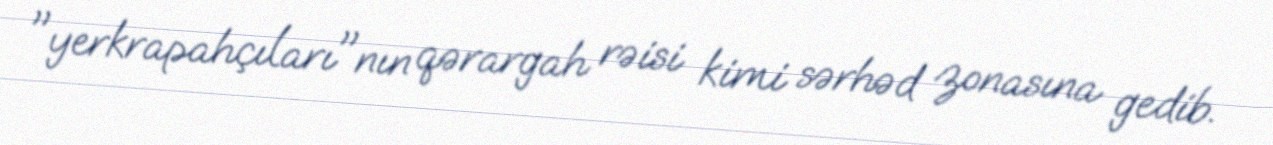
"yerkrapahçıları"nın qərargah rəisi kimi sərhəd zonasına gedib.